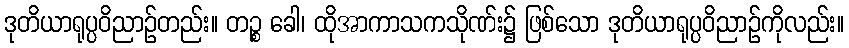
ဒုတိယာရုပ္ပဝိညာဉ်တည်း။ တဉ္စ ခေါ၊ ထိုအာကာသကသိုဏ်း၌ ဖြစ်သော ဒုတိယာရုပ္ပဝိညာဉ်ကိုလည်း။